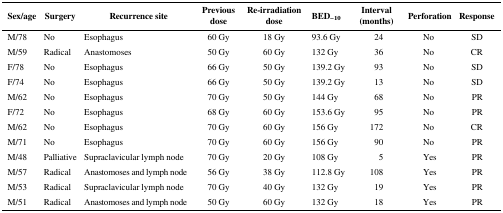
<table><thead><tr><td><b>Sex/age</b></td><td><b>Surgery</b></td><td><b>Recurrence site</b></td><td><b>Previous dose</b></td><td><b>Re-irradiation dose</b></td><td><b>BED<sub>−10</sub></b></td><td><b>Interval (months)</b></td><td><b>Perforation</b></td><td><b>Response</b></td></tr></thead><tbody><tr><td>M/78</td><td>No</td><td>Esophagus</td><td>60 Gy</td><td>18 Gy</td><td>93.6 Gy</td><td>24</td><td>No</td><td>SD</td></tr><tr><td>M/59</td><td>Radical</td><td>Anastomoses</td><td>50 Gy</td><td>60 Gy</td><td>132 Gy</td><td>36</td><td>No</td><td>CR</td></tr><tr><td>F/78</td><td>No</td><td>Esophagus</td><td>66 Gy</td><td>50 Gy</td><td>139.2 Gy</td><td>93</td><td>No</td><td>SD</td></tr><tr><td>F/74</td><td>No</td><td>Esophagus</td><td>66 Gy</td><td>50 Gy</td><td>139.2 Gy</td><td>13</td><td>No</td><td>SD</td></tr><tr><td>M/62</td><td>No</td><td>Esophagus</td><td>70 Gy</td><td>50 Gy</td><td>144 Gy</td><td>68</td><td>No</td><td>PR</td></tr><tr><td>F/72</td><td>No</td><td>Esophagus</td><td>68 Gy</td><td>60 Gy</td><td>153.6 Gy</td><td>95</td><td>No</td><td>PR</td></tr><tr><td>M/62</td><td>No</td><td>Esophagus</td><td>70 Gy</td><td>60 Gy</td><td>156 Gy</td><td>172</td><td>No</td><td>CR</td></tr><tr><td>M/71</td><td>No</td><td>Esophagus</td><td>70 Gy</td><td>60 Gy</td><td>156 Gy</td><td>90</td><td>No</td><td>PR</td></tr><tr><td>M/48</td><td>Palliative</td><td>Supraclavicular lymph node</td><td>70 Gy</td><td>20 Gy</td><td>108 Gy</td><td>5</td><td>Yes</td><td>PR</td></tr><tr><td>M/57</td><td>Radical</td><td>Anastomoses and lymph node</td><td>56 Gy</td><td>38 Gy</td><td>112.8 Gy</td><td>108</td><td>Yes</td><td>PR</td></tr><tr><td>M/53</td><td>Radical</td><td>Supraclavicular lymph node</td><td>70 Gy</td><td>40 Gy</td><td>132 Gy</td><td>19</td><td>Yes</td><td>PR</td></tr><tr><td>M/51</td><td>Radical</td><td>Anastomoses and lymph node</td><td>50 Gy</td><td>60 Gy</td><td>132 Gy</td><td>18</td><td>Yes</td><td>PR</td></tr></tbody></table>